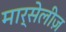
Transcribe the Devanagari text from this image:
मार्सेलीज़